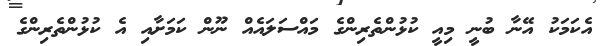
އެކަމަކު އޭނާ ބުނީ މިއީ ކުޅުންތެރިންގެ މައްސަލައެއް ނޫން ކަމަށާއި އެ ކުޅުންތެރިންގެ